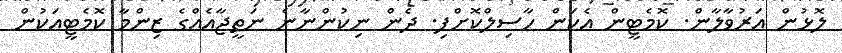
ލޮޅުން އަރުވާލާން. ކޮމެޓީން އެކަން ހާސިލްކޮށްފި. ދެން ނިކުންނާނެ ނަތީޖާއެއްގެ ޒިންމާ ކޮމެޓީއަކުން